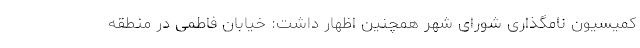
کمیسیون نامگذاری شورای شهر همچنین اظهار داشت: خیابان فاطمی در منطقه